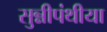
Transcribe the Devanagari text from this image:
सुन्नीपंथीया